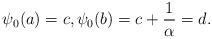
LaTeX: \begin{align*}\psi_0(a)=c,\psi_0(b)=c+\frac1\alpha=d.\end{align*}